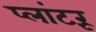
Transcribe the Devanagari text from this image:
प्लांटरूं